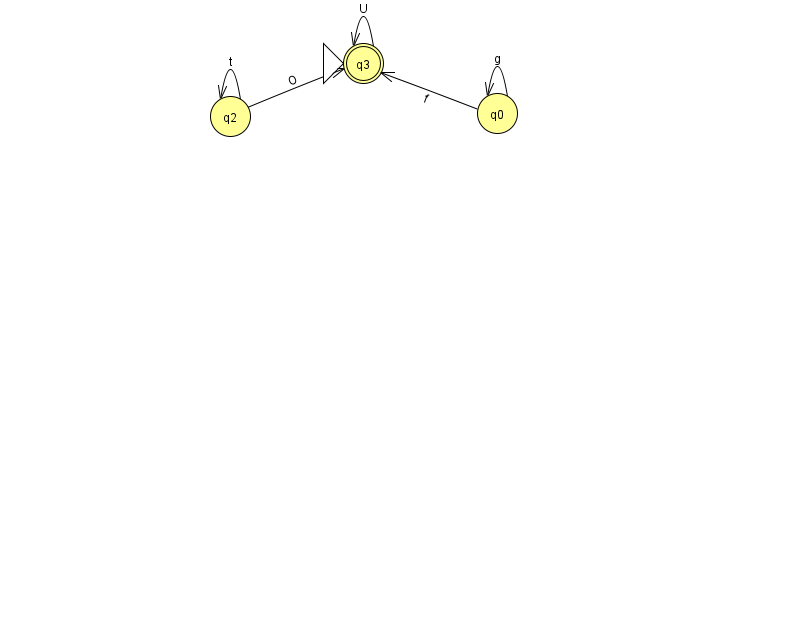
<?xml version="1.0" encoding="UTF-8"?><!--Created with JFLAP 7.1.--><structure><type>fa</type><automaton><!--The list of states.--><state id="0" name="q0"><x>497.0</x><y>100.0</y></state><state id="2" name="q2"><x>230.0</x><y>103.0</y></state><state id="3" name="q3"><x>363.0</x><y>50.0</y><initial/><final/></state><!--The list of transitions.--><transition><from>2</from><to>2</to><read>t</read></transition><transition><from>2</from><to>3</to><read>O</read></transition><transition><from>3</from><to>3</to><read>U</read></transition><transition><from>0</from><to>0</to><read>g</read></transition><transition><from>0</from><to>3</to><read>f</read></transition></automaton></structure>